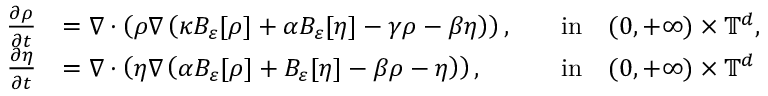
\begin{array} { r l r l } { \frac { \partial \rho } { \partial t } } & { = \nabla \cdot \left( \rho \nabla \left( \kappa B _ { \varepsilon } [ \rho ] + \alpha B _ { \varepsilon } [ \eta ] - \gamma \rho - \beta \eta \right) \right) , } & & { \mathrm { i n } \quad ( 0 , + \infty ) \times \mathbb { T } ^ { d } , } \\ { \frac { \partial \eta } { \partial t } } & { = \nabla \cdot \left( \eta \nabla \left( \alpha B _ { \varepsilon } [ \rho ] + B _ { \varepsilon } [ \eta ] - \beta \rho - \eta \right) \right) , } & & { \mathrm { i n } \quad ( 0 , + \infty ) \times \mathbb { T } ^ { d } } \end{array}